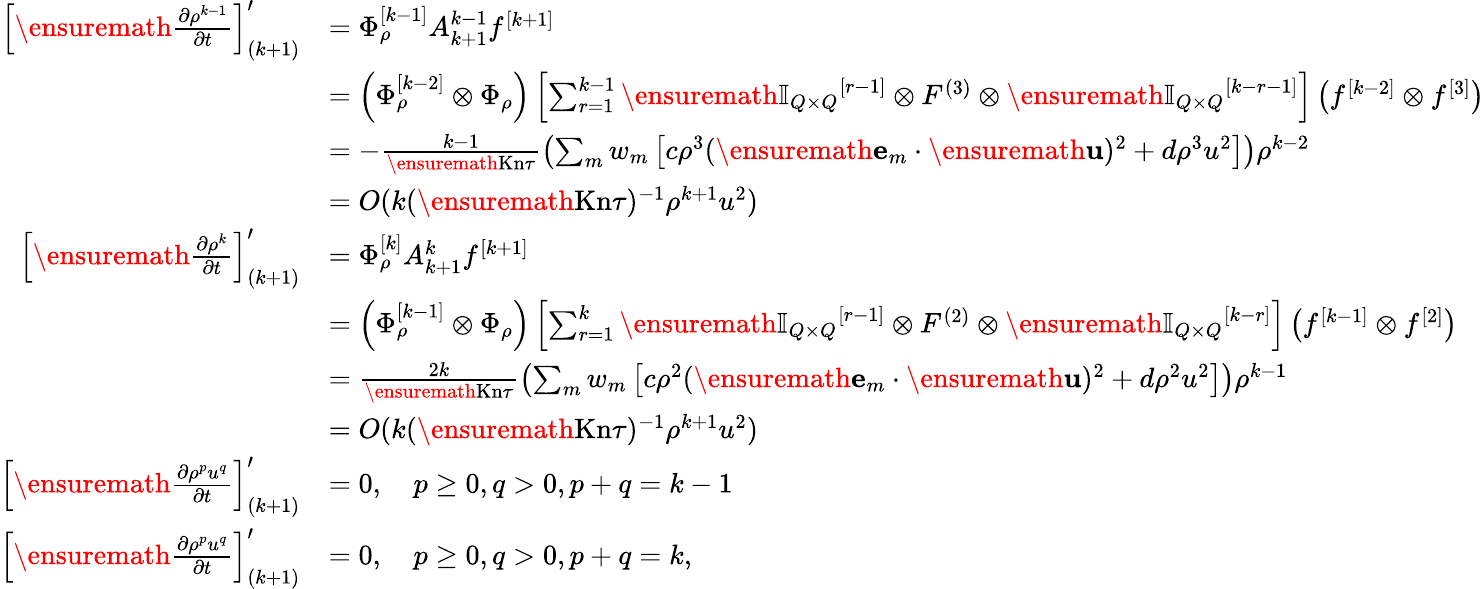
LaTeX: \begin{array}{rl}{\left[\ensuremath{\frac{\partial\rho^{k-1}}{\partial t}}\right]_{(k+1)}^{\prime}}&{=\Phi_{\rho}^{[k-1]}A_{k+1}^{k-1}f^{[k+1]}}\\ &{=\left(\Phi_{\rho}^{[k-2]}\otimes\Phi_{\rho}\right)\left[\sum_{r=1}^{k-1}\ensuremath{\mathbb{I}_{Q\times Q}}^{[r-1]}\otimes F^{(3)}\otimes\ensuremath{\mathbb{I}_{Q\times Q}}^{[k-r-1]}\right]\left(f^{[k-2]}\otimes f^{[3]}\right)}\\ &{=-\frac{k-1}{\ensuremath{\mathrm{Kn}}\tau}\left(\sum_{m}w_{m}\left[c\rho^{3}(\ensuremath{\mathbf{e}}_{m}\cdot\ensuremath{\mathbf{u}})^{2}+d\rho^{3}u^{2}\right]\right)\rho^{k-2}}\\ &{=O(k(\ensuremath{\mathrm{Kn}}\tau)^{-1}\rho^{k+1}u^{2})}\\ {\left[\ensuremath{\frac{\partial\rho^{k}}{\partial t}}\right]_{(k+1)}^{\prime}}&{=\Phi_{\rho}^{[k]}A_{k+1}^{k}f^{[k+1]}}\\ &{=\left(\Phi_{\rho}^{[k-1]}\otimes\Phi_{\rho}\right)\left[\sum_{r=1}^{k}\ensuremath{\mathbb{I}_{Q\times Q}}^{[r-1]}\otimes F^{(2)}\otimes\ensuremath{\mathbb{I}_{Q\times Q}}^{[k-r]}\right]\left(f^{[k-1]}\otimes f^{[2]}\right)}\\ &{=\frac{2k}{\ensuremath{\mathrm{Kn}}\tau}\left(\sum_{m}w_{m}\left[c\rho^{2}(\ensuremath{\mathbf{e}}_{m}\cdot\ensuremath{\mathbf{u}})^{2}+d\rho^{2}u^{2}\right]\right)\rho^{k-1}}\\ &{=O(k(\ensuremath{\mathrm{Kn}}\tau)^{-1}\rho^{k+1}u^{2})}\\ {\left[\ensuremath{\frac{\partial\rho^{p}u^{q}}{\partial t}}\right]_{(k+1)}^{\prime}}&{=0,\quad p\geq 0,q>0,p+q=k-1}\\ {\left[\ensuremath{\frac{\partial\rho^{p}u^{q}}{\partial t}}\right]_{(k+1)}^{\prime}}&{=0,\quad p\geq 0,q>0,p+q=k,}\end{array}